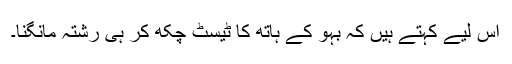
اس لیے کہتے ہیں کہ بہو کے ہاتھ کا ٹیسٹ چکھ کر ہی رشتہ مانگنا۔